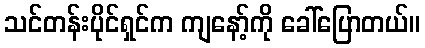
သင်တန်းပိုင်ရှင်က ကျနော့်ကို ခေါ်ပြောတယ်။